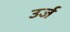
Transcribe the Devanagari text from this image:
उर्ज